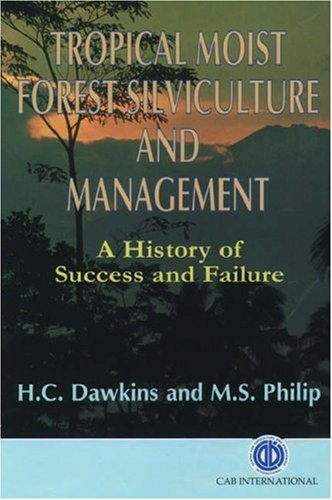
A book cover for Tropical Moist Forest Silviculture and Management: A History of Success and Failure (Cab International Publication); CABI; Crafts, Hobbies & Home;